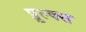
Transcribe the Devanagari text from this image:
प्रूल्क्स